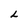
Character: L